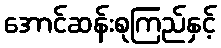
အောင်ဆန်းစုကြည်နှင့်